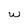
Character: W